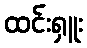
ထင်းရှူး